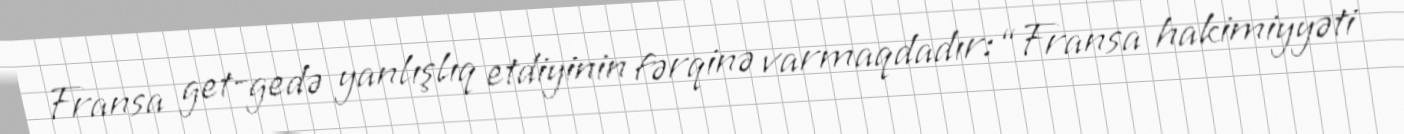
Fransa get-gedə yanlışlıq etdiyinin fərqinə varmaqdadır: “Fransa hakimiyyəti